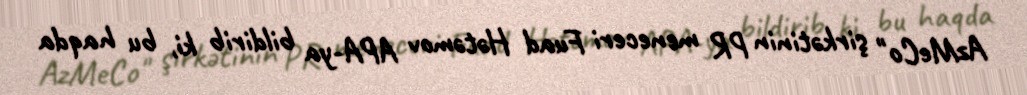
AzMeCo" şirkətinin PR meneceri Fuad Hətəmov APA-ya bildirib ki, bu haqda